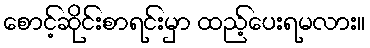
စောင့်ဆိုင်းစာရင်းမှာ ထည့်ပေးရမလား။